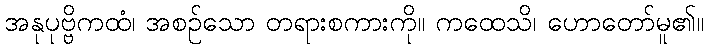
အနုပုဗ္ဗိကထံ၊ အစဉ်သော တရားစကားကို။ ကထေသိ၊ ဟောတော်မူ၏။